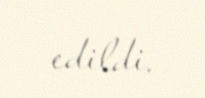
edildi.